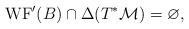
LaTeX: \begin{align*} {\rm WF}'(B)\cap \Delta(T^*\mathcal{M})=\varnothing,\end{align*}